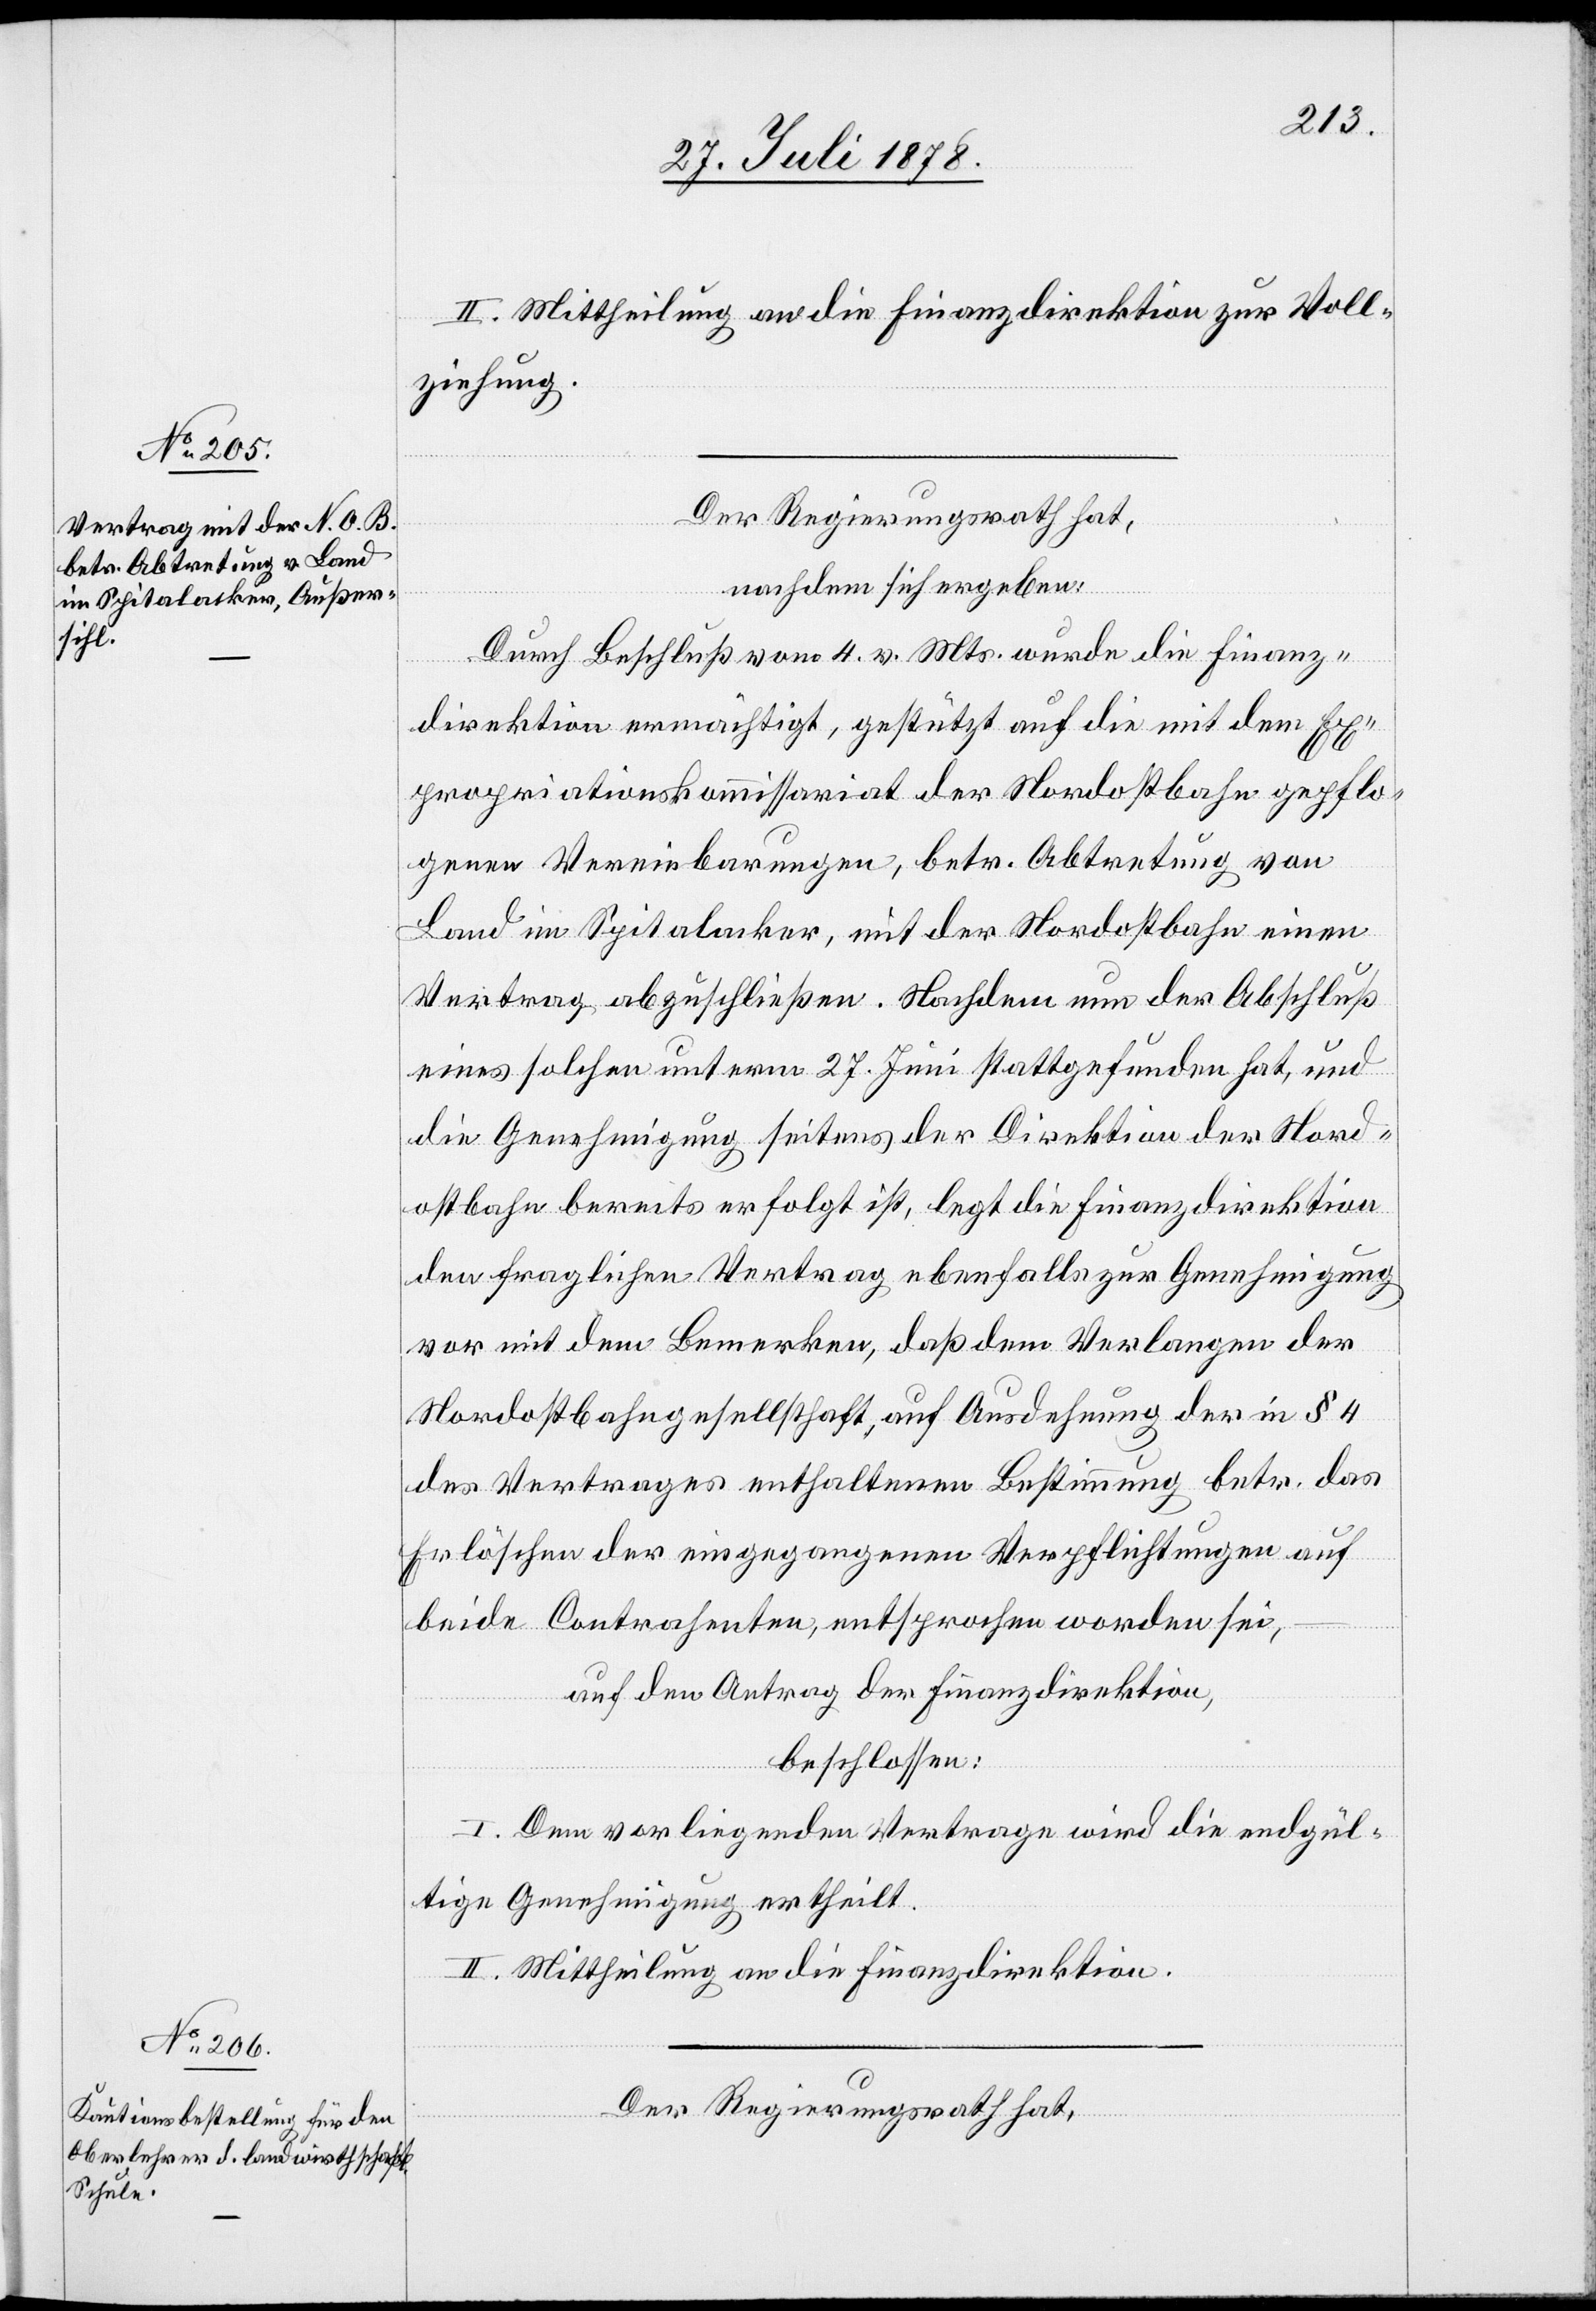
II. Mittheilung an die Finanzdirektion zur Voll¬
ziehung.
Der Regierungsrath hat
nachdem sich ergeben:
Durch Beschluß vom 4. v. Mts. wurde die Finanz¬
direktion ermächtigt, gestützt auf die mit dem Ex¬
propriationskommissariat der Nordostbahn gepflo¬
genen Vereinbarungen, betr. Abtretung von
Land im Spitalacker, mit der Nordostbahn einen
Vertrag abzuschließen. Nachdem nun der Abschluß
eines solchen unterm 27. Juni stattgefunden hat, und
die Genehmigung seitens der Direktion der Nord¬
ostbahn bereits erfolgt ist, legt die Finanzdirektion
den fraglichen Vertrag ebenfalls zur Genehmigung
vor mit dem Bemerken, daß dem Verlangen der
Nordostbahngesellschaft, auf Ausdehnung der in § 4
des Vertrages enthaltene Bestimmung betr. das
Erlöschen der eingegangenen Verpflichtungen auf
beide Contrahenten, entsprochen worden sei,
auf den Antrag der Finanzdirektion,
beschlossen:
I. Dem vorliegenden Vertrage wird die endgül¬
tige Genehmigung ertheilt.
II. Mittheilung an die Finanzdirektion.
Der Regierungsrath hat,